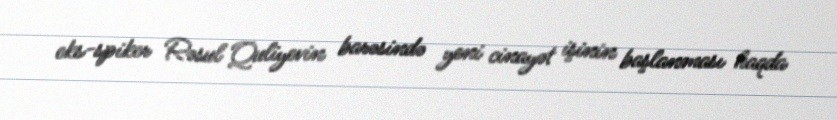
eks-spiker Rəsul Quliyevin barəsində yeni cinayət işinin başlanması haqda